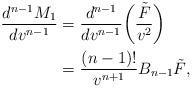
LaTeX: \begin{align*} \frac{d^{n-1}M_1}{dv^{n-1}}&=\frac{d^{n-1}}{dv^{n-1}}\bigg(\frac{\tilde{F}}{v^2}\bigg)\\&=\frac{(n-1)!}{v^{n+1}}B_{n-1}\tilde{F},\end{align*}